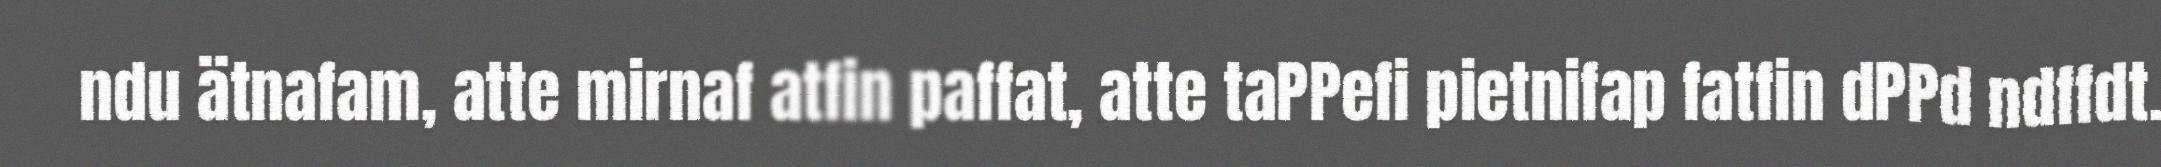
ndu ätnafam, atte mirnaf atfin paffat, atte taPPefi pietnifap fatfin dPPd ndffdt.